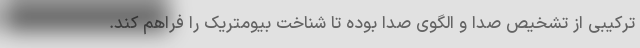
ترکیبی از تشخیص صدا و الگوی صدا بوده تا شناخت بیومتریک را فراهم کند.